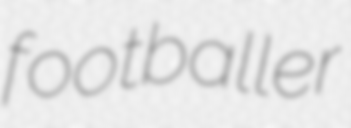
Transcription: footballer